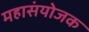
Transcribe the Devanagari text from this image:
महासंयोजक